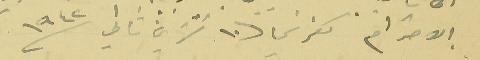
الاحترام كفرشيما 10 تشرين ثاني سنه 1942